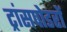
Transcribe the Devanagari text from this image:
ट्रांसपोडरों